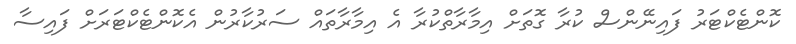
ކޮންޓެކްޓަރު ފައިނޭންސް ކުރާ ގޮތަށް އިމާރާތްކުރާ އެ އިމާރާތައް ސަރުކާރުން އެކޮންޓެކްޓަރަށް ފައިސާ